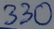
Text: 330